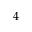
4